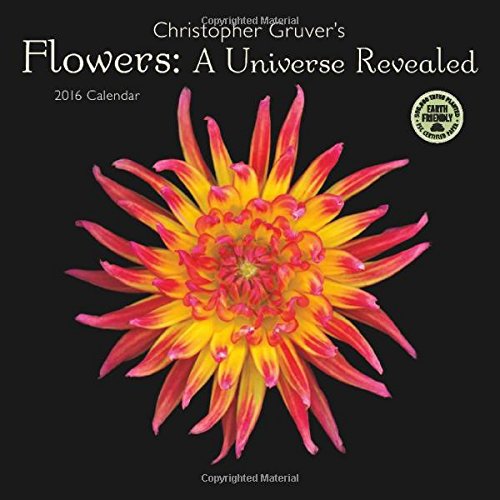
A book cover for Flowers 2016 Wall Calendar; Christopher Gruver; Calendars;